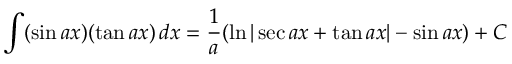
\int ( \sin a x ) ( \tan a x ) \, d x = { \frac { 1 } { a } } ( \ln | \sec a x + \tan a x | - \sin a x ) + C